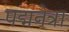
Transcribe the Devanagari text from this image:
पद्मनेत्रा